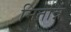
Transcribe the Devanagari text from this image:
मितन्नि